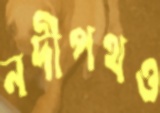
নদীপথও